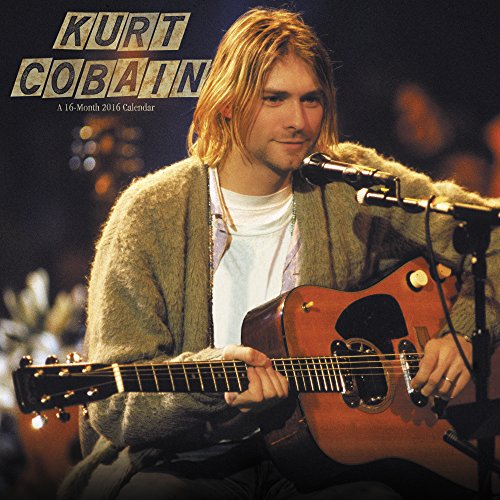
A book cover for Kurt Cobain Wall Calendar (2016); Day Dream; Calendars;